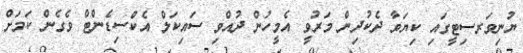
ޔުނިވަރސިޓީގައި ކިޔަވާ ދެކުދިން މަރުވީ އެމީހުން ދުއްވި ސައިކަލް އެކްސިޑެންޓް ވެގެން ކަމަށް